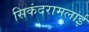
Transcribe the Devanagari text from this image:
सिकंदरामलाई